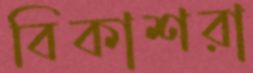
বিকাশরা